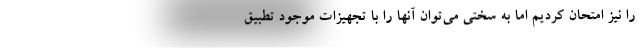
را نیز امتحان کردیم اما به سختی می‌توان آنها را با تجهیزات موجود تطبیق